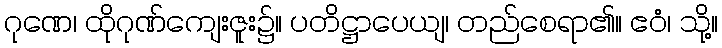
ဂုဏေ၊ ထိုဂုဏ်ကျေးဇူး၌။ ပတိဋ္ဌာပေယျ၊ တည်စေရာ၏။ ဧဝံ၊ သို့။